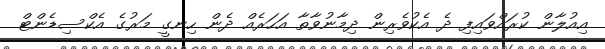
އިއުލާން ކުރައްވައިފި ދެ އެކުވެރިން ދިމާނުވާތާ އަހަރެއް ދެން ހިނގީ މަރުގެ އެކްސިޑެންޓް